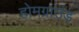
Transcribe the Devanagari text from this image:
होमग्राउंड